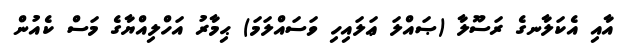
އާއި އެކަލާނގެ ރަސޫލާ (ޞައްލަ ޢަލައިހި ވަސައްލަމަ) ޙިމާރު އަހްލިއްޔާގެ މަސް ކެއުން